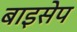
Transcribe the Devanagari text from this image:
बाइसेप